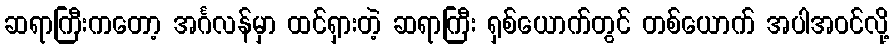
ဆရာကြီးကတော့ အင်္ဂလန်မှာ ထင်ရှားတဲ့ ဆရာကြီး ရှစ်ယောက်တွင် တစ်ယောက် အပါအဝင်လို့